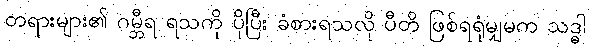
တရားများ၏ ဂမ္ဘီရ ရသကို ပိုပြီး ခံစားရသလို ပီတိ ဖြစ်ရရုံမျှမက သဒ္ဓါ